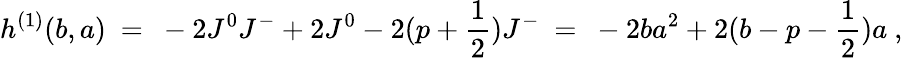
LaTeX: h^{(1)}(b,a)\ =\ -2J^{0}J^{-}+2J^{0}-2(p+\frac{1}{2})J^{-}\ =\ -2ba^{2}+2(b-p-\frac{1}{2})a\ ,